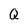
Character: Q